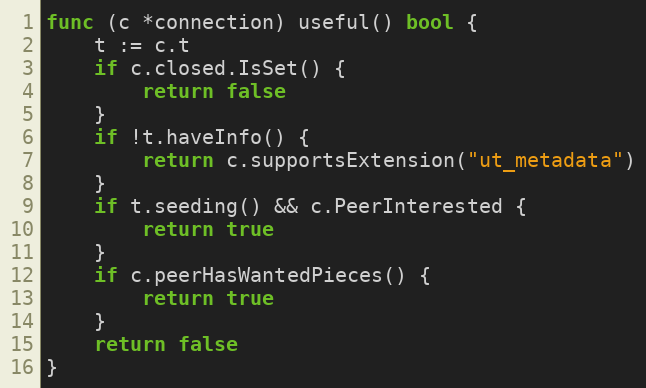
Language: Go
func (c *connection) useful() bool {
	t := c.t
	if c.closed.IsSet() {
		return false
	}
	if !t.haveInfo() {
		return c.supportsExtension("ut_metadata")
	}
	if t.seeding() && c.PeerInterested {
		return true
	}
	if c.peerHasWantedPieces() {
		return true
	}
	return false
}